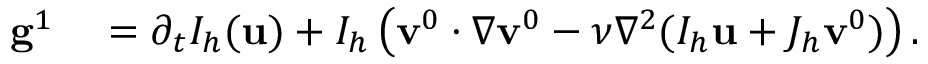
\begin{array} { r l } { \mathbf { g } ^ { 1 } } & { { } = \partial _ { t } I _ { h } ( \mathbf { u } ) + I _ { h } \left( \mathbf { v } ^ { 0 } \cdotp \nabla \mathbf { v } ^ { 0 } - \nu \nabla ^ { 2 } ( I _ { h } \mathbf { u } + J _ { h } \mathbf { v } ^ { 0 } ) \right) . } \end{array}